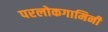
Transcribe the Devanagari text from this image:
परलोकगामिनी